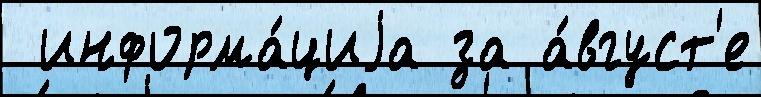
 информа́циjа за а́вгуст'е